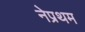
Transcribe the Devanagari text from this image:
नेप्रथम